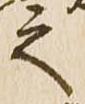
之